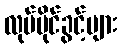
လုပ်ပိုင်ခွင့်များ